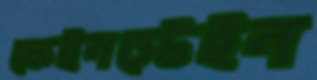
ফেইনস্টেইন